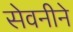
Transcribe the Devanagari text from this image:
सेवनीने